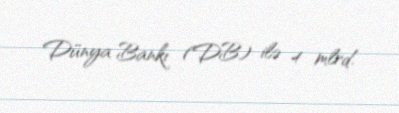
Dünya Bankı (DB) ilə 4 mlrd.